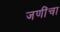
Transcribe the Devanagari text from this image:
जणींचा